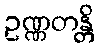
ဥဏ္ဏတန္တိ